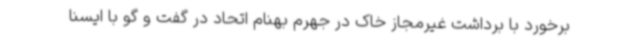
برخورد با برداشت غیرمجاز خاک در جهرم بهنام اتحاد در گفت و گو با ایسنا